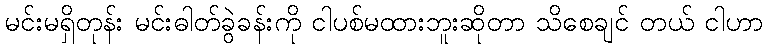
မင်းမရှိတုန်း မင်းဓါတ်ခွဲခန်းကို ငါပစ်မထားဘူးဆိုတာ သိစေချင် တယ် ငါဟာ